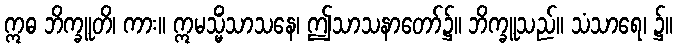
ဣဓ ဘိက္ခူတိ၊ ကား။ ဣမသ္မိံသာသနေ၊ ဤသာသနာတော်၌။ ဘိက္ခူသည်။ သံသာရေ၊ ၌။